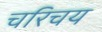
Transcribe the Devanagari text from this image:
चरिचय